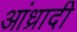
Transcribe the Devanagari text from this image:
आंध्रादी